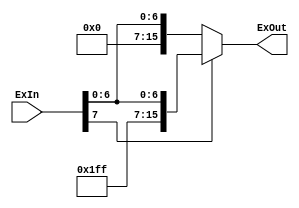
module Extender_8_to_16(ExIn, ExOut);

	input [7:0] ExIn;
	output reg [15:0] ExOut;
	
	
	always @ (*)
			begin
				if (ExIn[7])
				begin
					ExOut <= {8'b11111111, ExIn};
				end
				else
					ExOut <= {8'b0, ExIn};
			end

endmodule